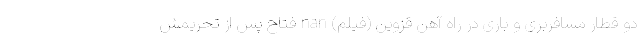
دو قطار مسافربری و باری در راه آهن قزوین (فیلم) nan فتاح پس از تحریمش